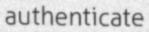
authenticate